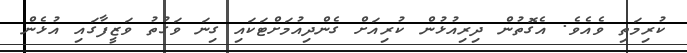
ކުރިމަތި ވެއެވެ. އެގޮތުން ދިރިއުޅުން ކުރިއަށް ގެންދިއުމަށްޓަކައި ގިނަ ވަގުތު ވަޒީފާގައި އުޅެން